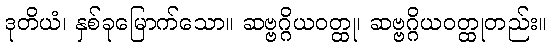
ဒုတိယံ၊ နှစ်ခုမြောက်သော။ ဆဗ္ဗဂ္ဂိယဝတ္ထု၊ ဆဗ္ဗဂ္ဂိယဝတ္ထုတည်း။